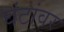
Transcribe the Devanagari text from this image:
घंटांवर